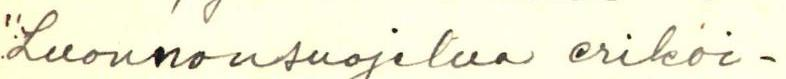
"Luonnonsuojelua erikoi-